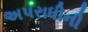
અપરાધીની